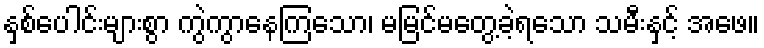
နှစ်ပေါင်းများစွာ ကွဲကွာနေကြသော၊ မမြင်မတွေ့ခဲ့ရသော သမီးနှင့် အဖေ။